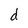
Character: d